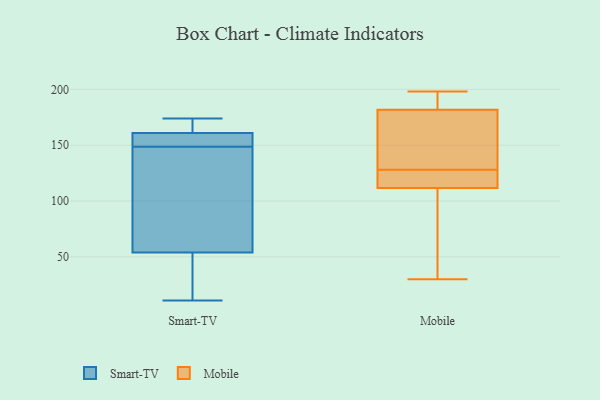
{"axis": {"x": "Inventory Turnover", "y": "Value"}, "legend": ["Mobile", "Smart-TV"], "data": [{"x": "", "y": 12, "type": "Smart-TV"}, {"x": "", "y": 66, "type": "Smart-TV"}, {"x": "", "y": 174, "type": "Smart-TV"}, {"x": "", "y": 149, "type": "Smart-TV"}, {"x": "", "y": 54, "type": "Smart-TV"}, {"x": "", "y": 161, "type": "Smart-TV"}, {"x": "", "y": 159, "type": "Smart-TV"}, {"x": "", "y": 161, "type": "Smart-TV"}, {"x": "", "y": 148, "type": "Smart-TV"}, {"x": "", "y": 11, "type": "Smart-TV"}, {"x": "", "y": 111, "type": "Smart-TV"}, {"x": "", "y": 13, "type": "Smart-TV"}, {"x": "", "y": 155, "type": "Smart-TV"}, {"x": "", "y": 172, "type": "Smart-TV"}, {"x": "", "y": 182, "type": "Mobile"}, {"x": "", "y": 181, "type": "Mobile"}, {"x": "", "y": 108, "type": "Mobile"}, {"x": "", "y": 173, "type": "Mobile"}, {"x": "", "y": 30, "type": "Mobile"}, {"x": "", "y": 128, "type": "Mobile"}, {"x": "", "y": 198, "type": "Mobile"}, {"x": "", "y": 194, "type": "Mobile"}, {"x": "", "y": 125, "type": "Mobile"}, {"x": "", "y": 123, "type": "Mobile"}, {"x": "", "y": 69, "type": "Mobile"}]}